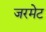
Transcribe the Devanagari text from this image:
जरमेट